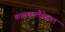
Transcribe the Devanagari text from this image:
काल्क्यलैतेग्राल